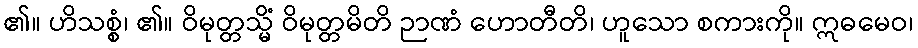
၏။ ဟိသစ္စံ၊ ၏။ ဝိမုတ္တသ္မိံ ဝိမုတ္တမိတိ ဉာဏံ ဟောတီတိ၊ ဟူသော စကားကို။ ဣဓမေဝ၊